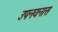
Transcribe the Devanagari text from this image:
उपनयनास